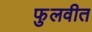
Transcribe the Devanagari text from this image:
फुलवीत